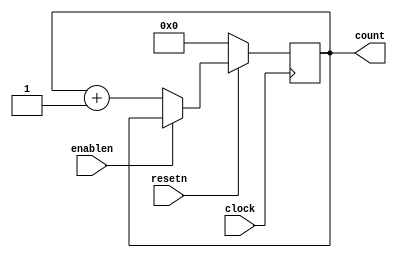
//example verilog code for 10 bit counter 

module counter_10b (
input clock,
output reg [9:0] count,
input resetn,
input enablen
);

always @ (posedge clock) 
begin
	if (resetn == 1'b0)
		count <= 10'd0;
	else if (enablen == 1'b0)
		count <= count + 1;
end
		
endmodule